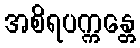
အစိရပက္ကန္တေ